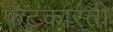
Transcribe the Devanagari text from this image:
फटकारती